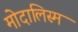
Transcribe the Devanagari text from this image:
मोदालिस्म